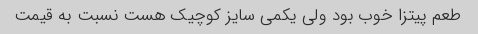
طعم پیتزا خوب بود ولی یکمی سایز کوچیک هست نسبت به قیمت